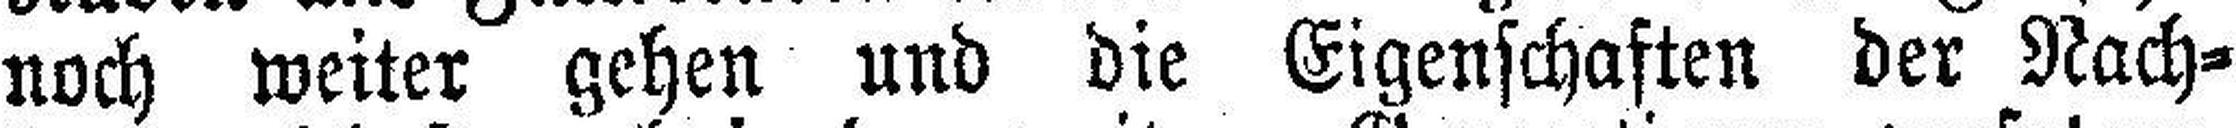
noch weiter gehen und die Eigenschaften der Nach¬